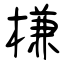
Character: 槏